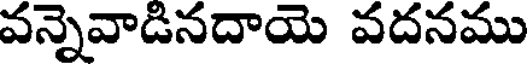
వన్నెవాడినదాయె వదనము